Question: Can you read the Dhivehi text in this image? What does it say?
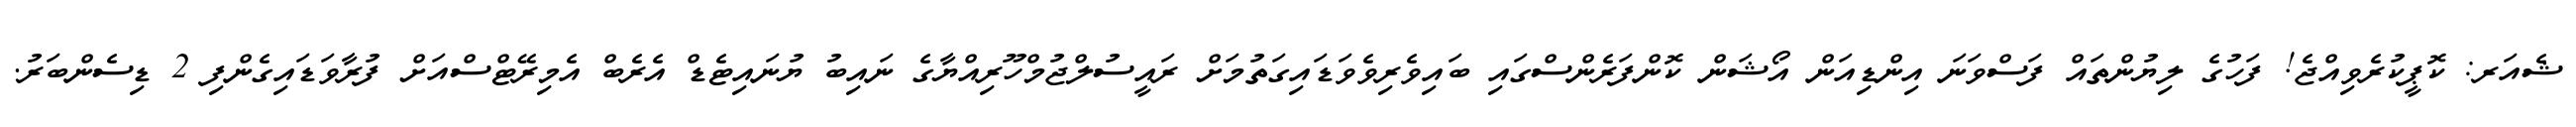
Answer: ޝެއަރ: ކޮޕީކުރެވިއްޖެ! ފަހުގެ ލިޔުންތައް ފަސްވަނަ އިންޑިއަން އޯޝަން ކޮންފަރެންސްގައި ބައިވެރިވެވަޑައިގަތުމަށް ރައީސުލްޖުމްހޫރިއްޔާގެ ނައިބު ޔުނައިޓެޑް އެރެބް އެމިރޭޓްސްއަށް ފުރާވަޑައިގެންފި 2 ޑިސެންބަރު.